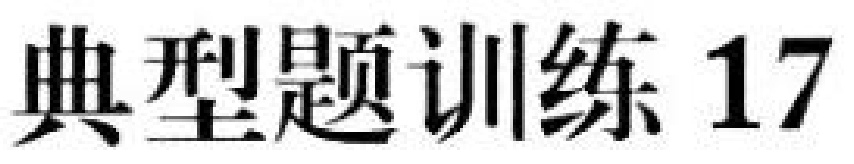
典型题训练 17